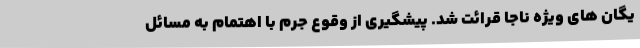
یگان های ویژه ناجا قرائت شد. پیشگیری از وقوع جرم با اهتمام به مسائل